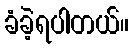
ခံခဲ့ရပါတယ်။